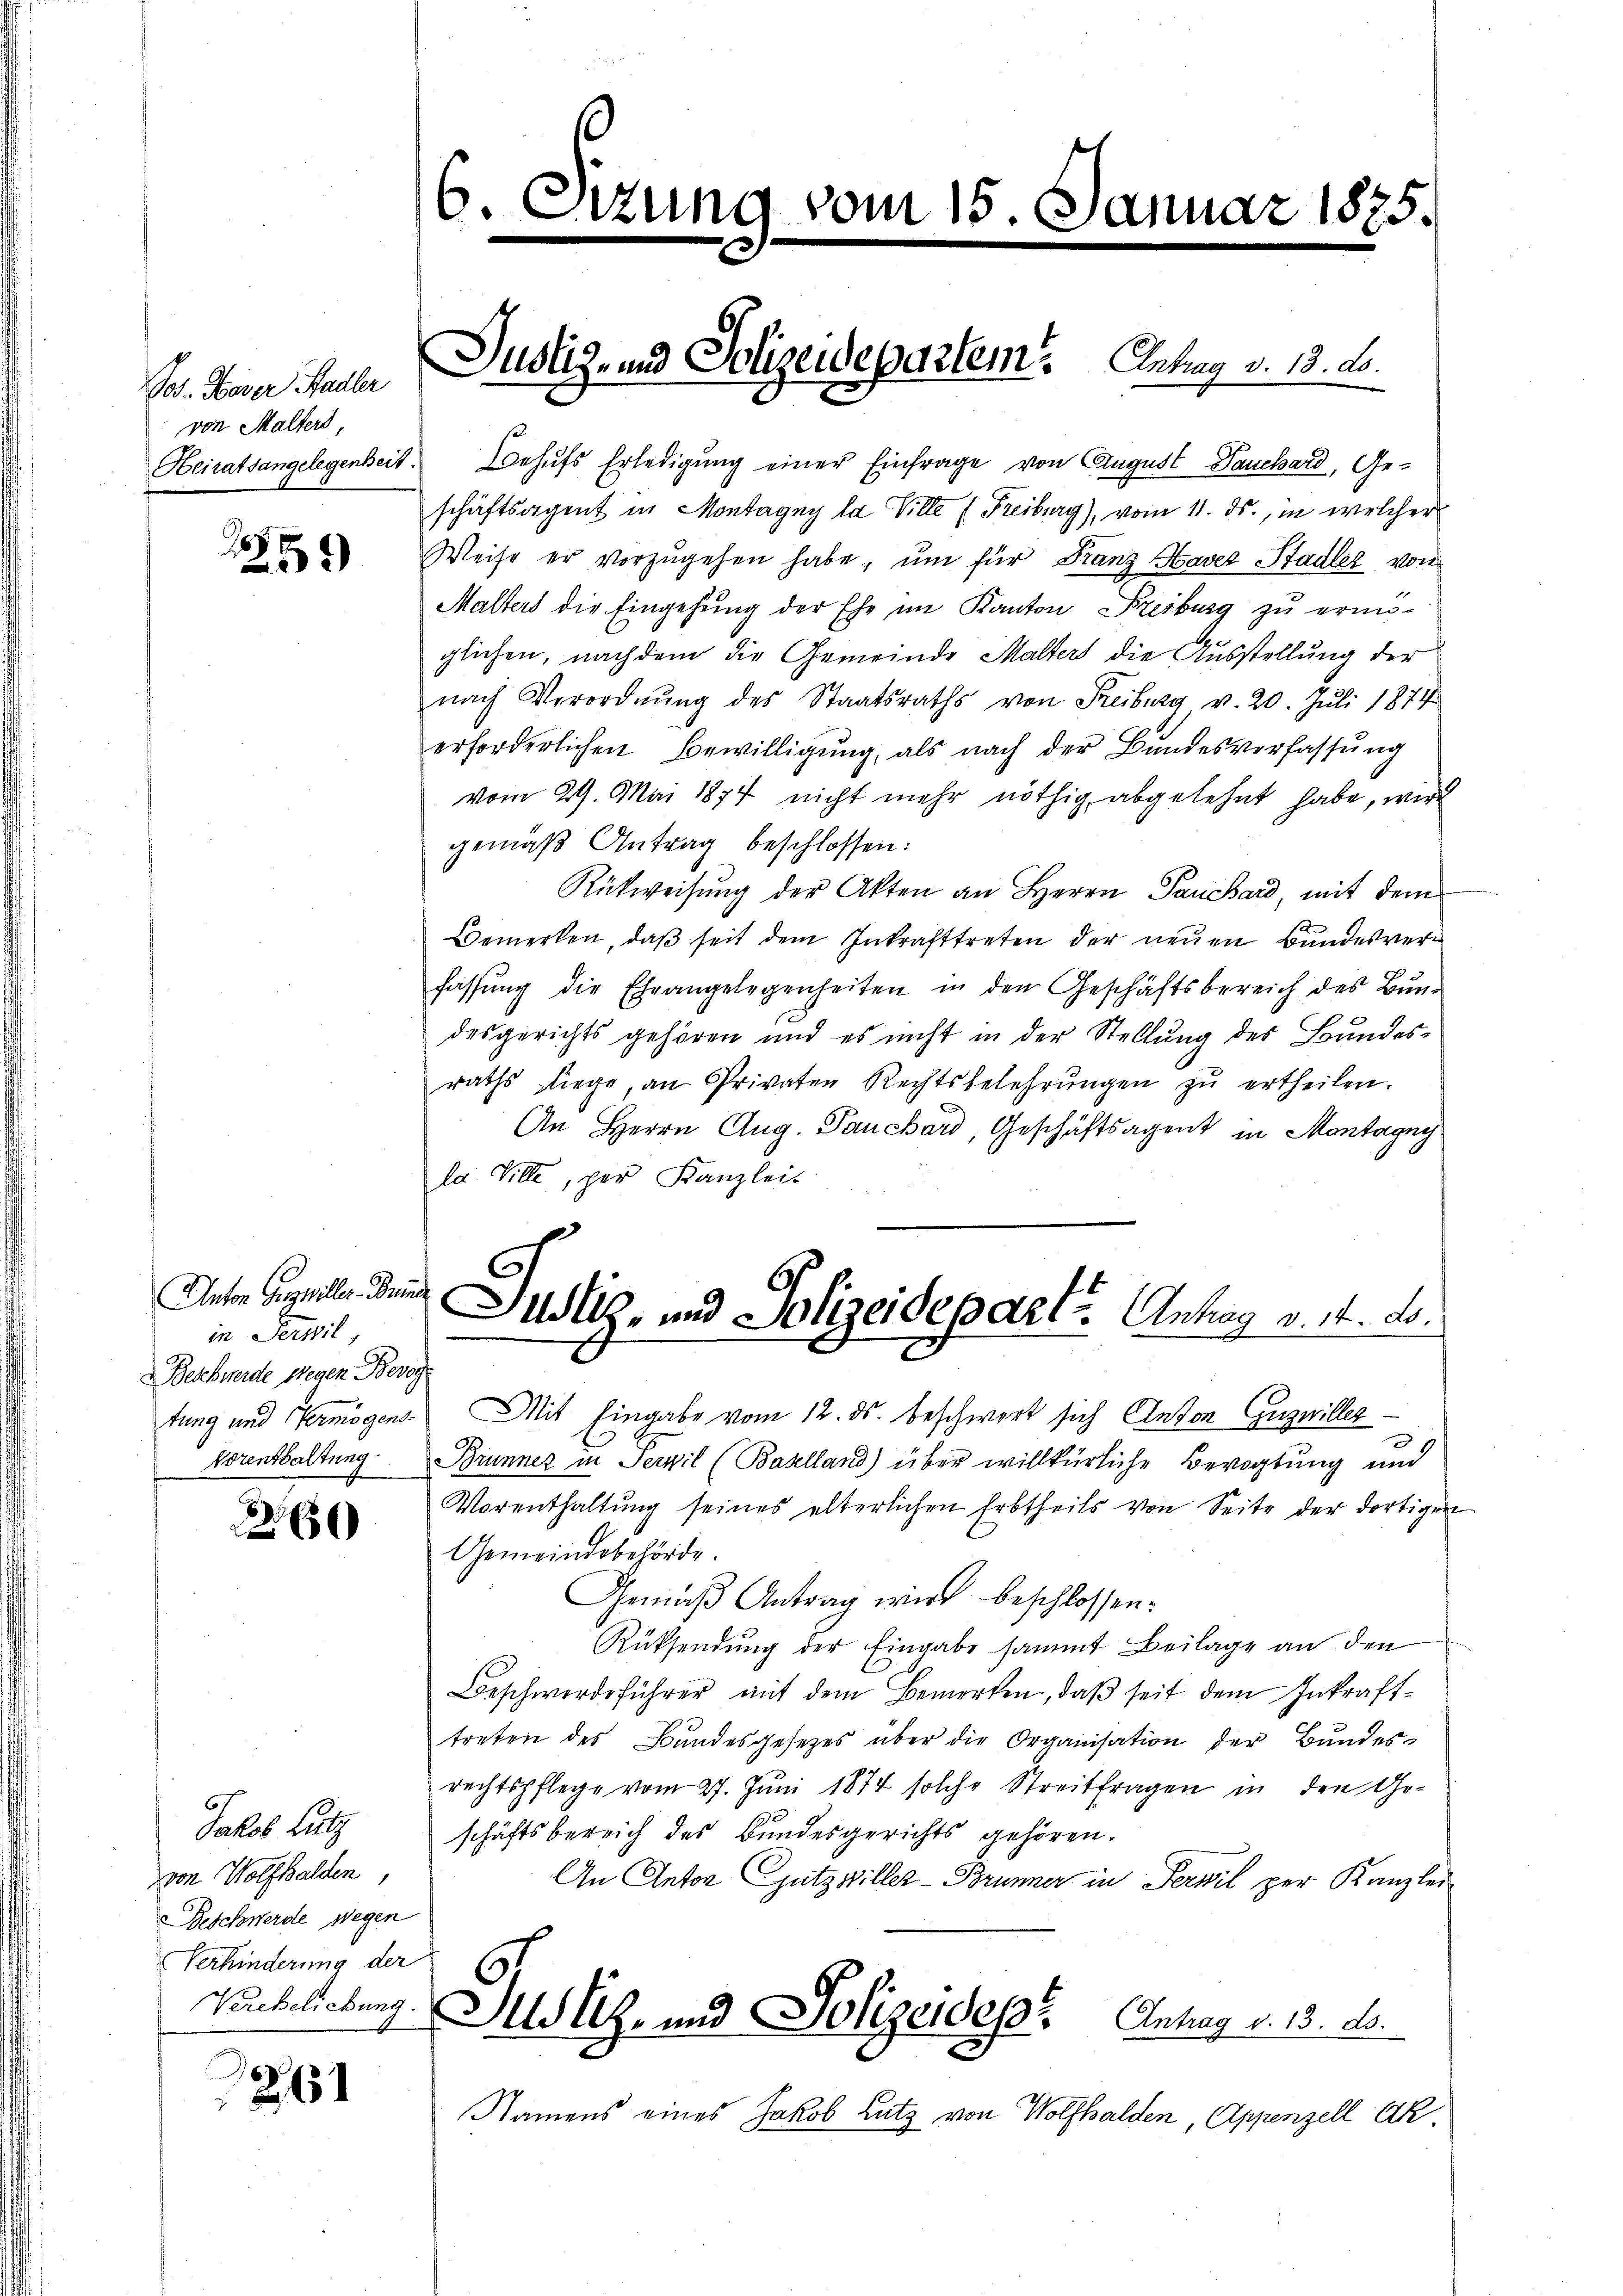
Tod. Taver Stadler
von Malters,

15 x
2

Anton Gewiller. Grinde
in Perwil
Beschwerde wegen Bevog
Vorenthaltung

3.66)

Jakob Lutz
von Wolfhalden,
Beschwerde wegen
Verhinderung der
Verehelichung

261

6.
e

Heiratsangelegenheit. Behŭfs Erledigŭng einer Einfrage von August Tauchard, Ge-
schäftsagent in Montagny la Ville (Freiburg), vom 11. ds., in welcher
Weise er vorzŭgehen habe, um für Franz Haver Stadler von
Malters die Eingehung der Ehe im Kanton Freiburg zu ermö-
glichen, nachdem die Gemeinde Malter die Ausstellung der
nach Verordnŭng des Staatsraths von Freiburg v. 20. Juli 1874
erforderlichen Bewilligŭng, als nach der Bŭndesverfassŭng
vom 29. Mai 1874 nicht mehr nöthig abgelehnt habe, wird
gemäß Antrag beschlossen:
Rückweisung der Akten an Herrn Parchard, mit dem
Bemerken, daß seit dem Inkrafttreten der neuen Bundesverfassung die Ehrangelegenheiten in den Geschäftsbereich des Bundesgerichts gehören und es nicht in der Stellŭng des Bundes-
raths Liege, an Privaten Rechtsbelehrŭngen zŭ ertheilen.
An Herrn Aug. Pauchard, Geschäftsagent in Montagny
la Ville, per Kanzleit
Justiz- und Polizeidepart. Antrag v. 14. ds.
tung und Vermögens Mit Eingabe vom 12. ds. beschwort sich Anton Guznilles
Brunner in Servil (Baselland) über willkürliche Bevogtung und
Vorenthaltung seines elterlichen Erbtheils von Seite der dortigen
Gemeindsbehörde.
Gemäß Antrag wird beschlossen:
Rüksendung der Eingabe sammt Beilage an den
Beschwerdeführer mit dem Bemerken, daß seit dem Inkrafttreten des Bundesgesetzes über die Organisation der Bundes-
rechtspflege vom 27. Jŭni 1874 solche Streitfragen in den Ge-
schäftsbereich des Bundesgerichts gehören.
An Anton Zutzwiller-Brünner in Perwil per Kanzler
2
Justiz- und Polizeides Antrag v. 13. ds.
Namens eines Jakob Lutz von Wolfhalden, Appenzell Ak

zung vom 15. Januar 1875.

Justiz- und Polizeidepartem Antrag v. 18. ds.